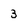
Character: 3